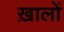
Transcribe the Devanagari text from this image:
ख़ालों